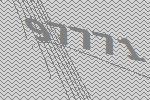
97771